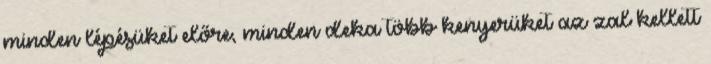
minden lépésüket előre, minden deka több kenyerüket az¬zal kellett